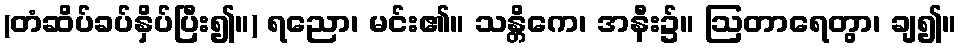
(တံဆိပ်ခပ်နှိပ်ပြီး၍။) ရညော၊ မင်း၏။ သန္တိကေ၊ အနီး၌။ ဩတာရေတွာ၊ ချ၍။